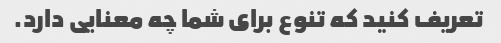
تعریف کنید که تنوع برای شما چه معنایی دارد.